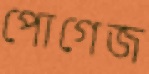
পোগেজ